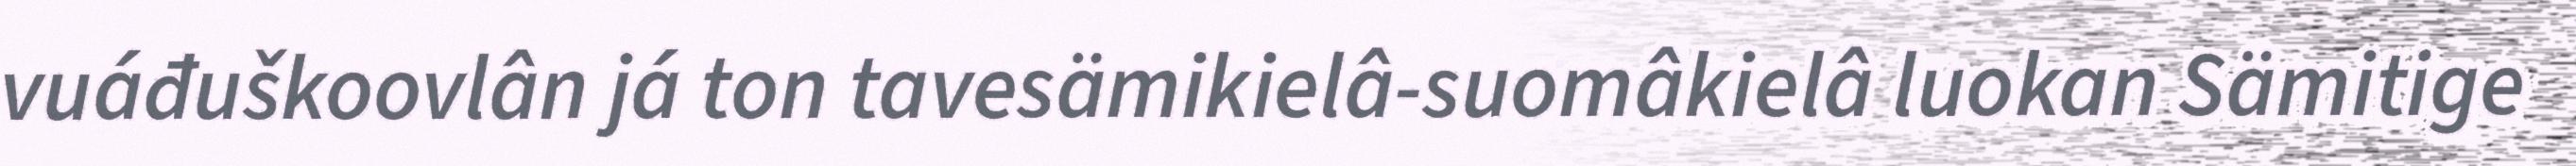
vuáđuškoovlân já ton tavesämikielâ-suomâkielâ luokan Sämitige